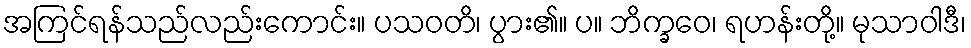
အကြင်ရန်သည်လည်းကောင်း။ ပသဝတိ၊ ပွား၏။ ပ။ ဘိက္ခဝေ၊ ရဟန်းတို့။ မုသာဝါဒီ၊